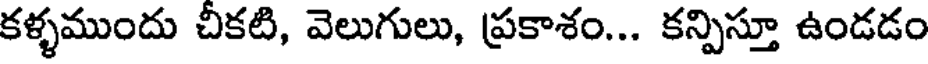
కళ్ళముందు చీకటి, వెలుగులు, ప్రకాశం... కన్పిస్తూ ఉండడం